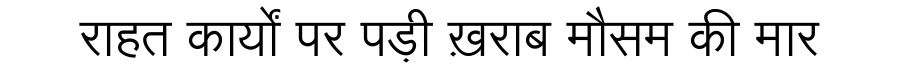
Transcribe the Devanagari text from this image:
राहत कार्यों पर पड़ी ख़राब मौसम की मार